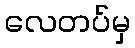
လေတပ်မှ